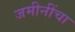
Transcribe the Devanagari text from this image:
जमीनींचा